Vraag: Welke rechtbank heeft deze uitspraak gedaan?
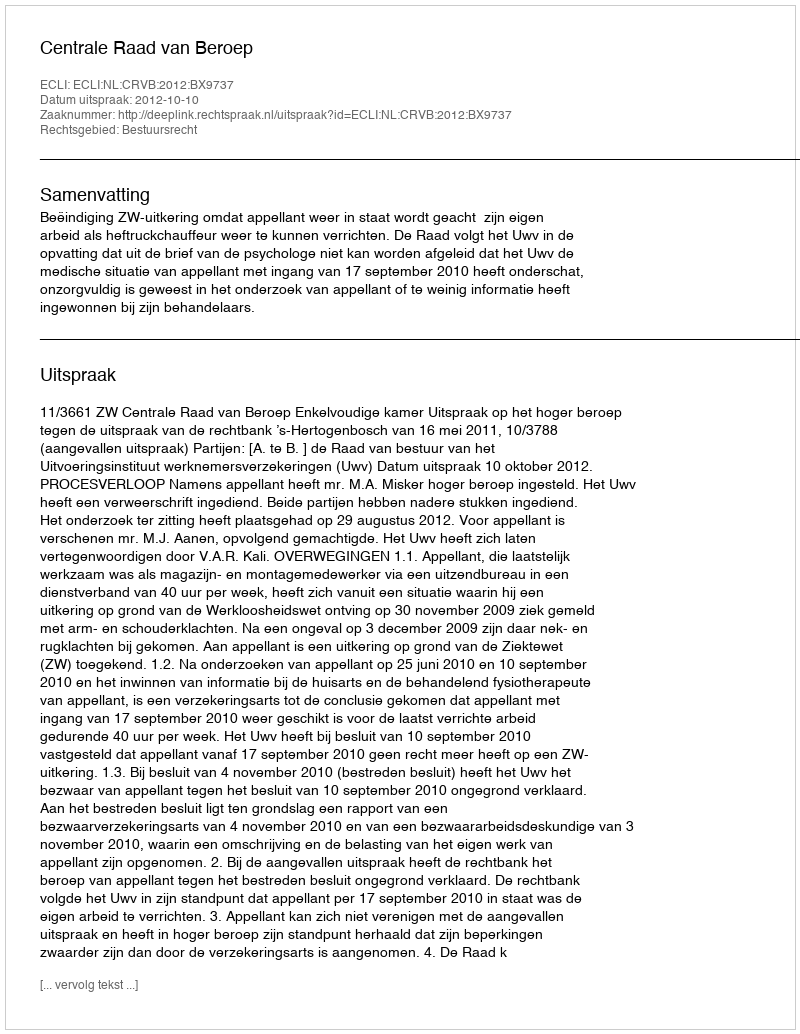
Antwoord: Centrale Raad van Beroep